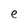
Character: e